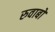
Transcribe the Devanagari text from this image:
रुवाबों